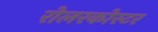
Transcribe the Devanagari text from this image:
रोलरकोस्टर